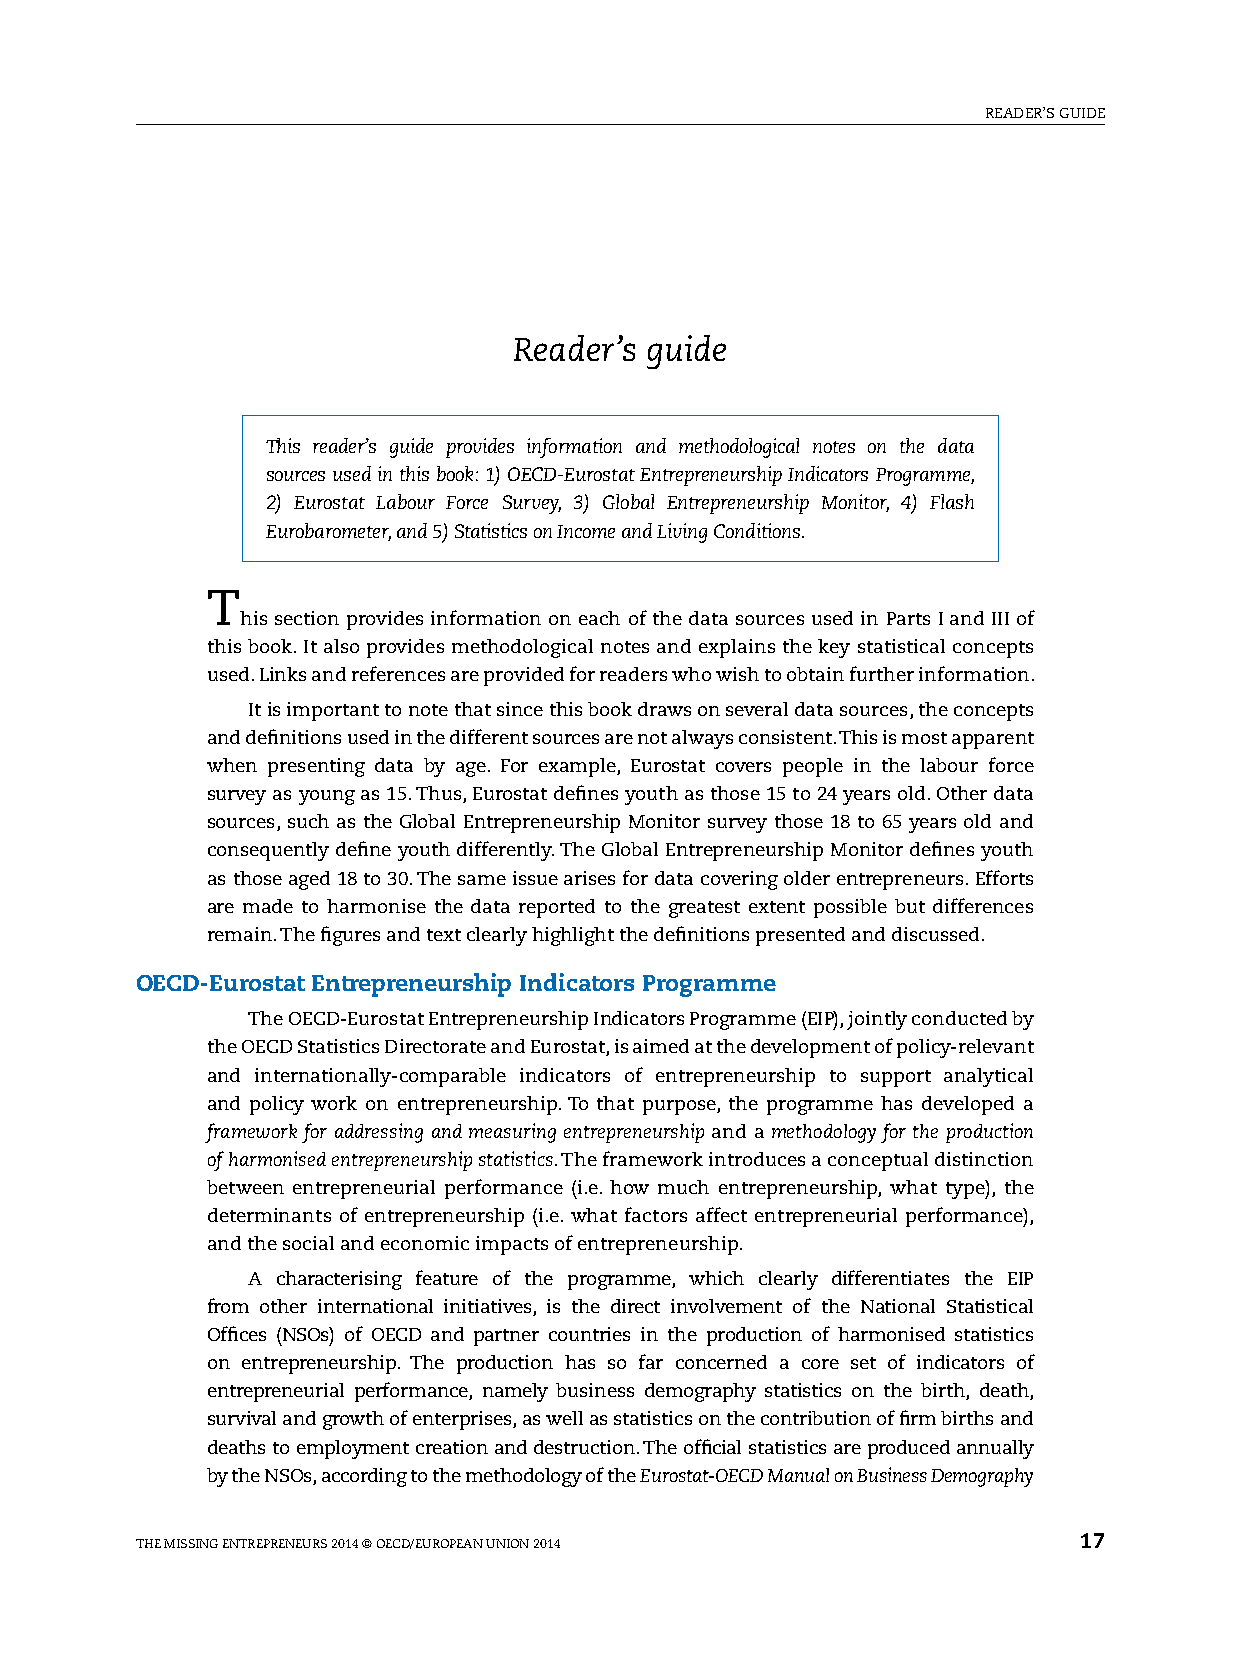
reaDer’s guiDe
 Reader’s guide
 This reader’s guide provides information and methodological notes on the data
 sources used in this book: 1) OECD-Eurostat Entrepreneurship Indicators Programme,
 2) Eurostat Labour Force Survey, 3) Global Entrepreneurship Monitor, 4) Flash
 Eurobarometer, and 5) Statistics on Income and Living Conditions.
 T
 his section provides information on each of the data sources used in Parts i and iii of
 this book. it also provides methodological notes and explains the key statistical concepts
 used. Links and references are provided for readers who wish to obtain further information.
 it is important to note that since this book draws on several data sources, the concepts
 and definitions used in the different sources are not always consistent. This is most apparent
 when presenting data by age. for example, eurostat covers people in the labour force
 survey as young as 15. Thus, eurostat defines youth as those 15 to 24 years old. Other data
 sources, such as the global entrepreneurship Monitor survey those 18 to 65 years old and
 consequently define youth differently. The global entrepreneurship Monitor defines youth
 as those aged 18 to 30. The same issue arises for data covering older entrepreneurs. efforts
 are made to harmonise the data reported to the greatest extent possible but differences
 remain. The figures and text clearly highlight the definitions presented and discussed.
 OECD-Eurostat Entrepreneurship Indicators Programme
 The OecD-eurostat entrepreneurship indicators Programme (eiP), jointly conducted by
 the OecD statistics Directorate and eurostat, is aimed at the development of policy-relevant
 and internationally-comparable indicators of entrepreneurship to support analytical
 and policy work on entrepreneurship. To that purpose, the programme has developed a
 framework for addressing and measuring entrepreneurship and a methodology for the production
 of harmonised entrepreneurship statistics. The framework introduces a conceptual distinction
 between entrepreneurial performance (i.e. how much entrepreneurship, what type), the
 determinants of entrepreneurship (i.e. what factors affect entrepreneurial performance),
 and the social and economic impacts of entrepreneurship.
 a characterising feature of the programme, which clearly differentiates the eiP
 from other international initiatives, is the direct involvement of the national statistical
 Offices (nsOs) of OecD and partner countries in the production of harmonised statistics
 on entrepreneurship. The production has so far concerned a core set of indicators of
 entrepreneurial performance, namely business demography statistics on the birth, death,
 survival and growth of enterprises, as well as statistics on the contribution of firm births and
 deaths to employment creation and destruction. The official statistics are produced annually
 by the nsOs, according to the methodology of the Eurostat-OECD Manual on Business Demography
 The Missing enTrePreneurs 2014 © OecD/eurOPean uniOn 2014     17